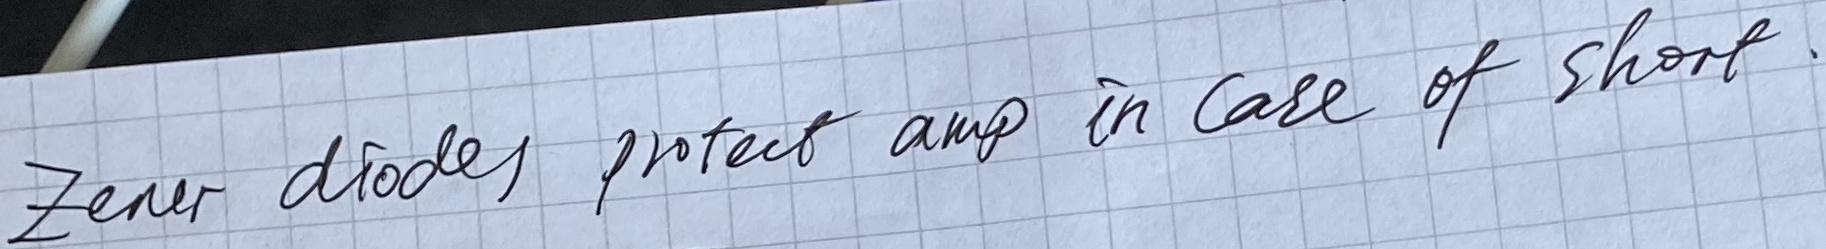
Text: zener diodes protect amp in case of short